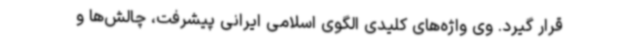
قرار گیرد. وی واژه‌های کلیدی الگوی اسلامی ایرانی پیشرفت، چالش‌ها و